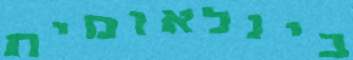
בינלאומית